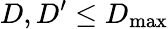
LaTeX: D,D^{\prime}\leq D_{\mathrm{max}}